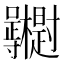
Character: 𭍓